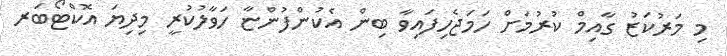
މި މަރުކަޒު ގާއިމް ކުރުމަށް ހަމަޖެހިފައިވާ ބިން އެކުންފުންޏާ ހަވާލުކުރީ މިދިޔަ އޮކްޓޯބަރ